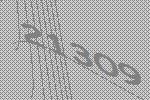
21309